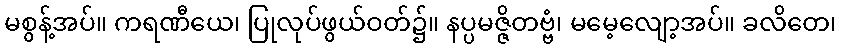
မစွန့်အပ်။ ကရဏီယေ၊ ပြုလုပ်ဖွယ်ဝတ်၌။ နပ္ပမဇ္ဇိတဗ္ဗံ၊ မမေ့လျော့အပ်။ ခလိတေ၊